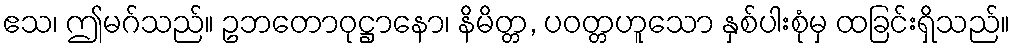
ဧသ၊ ဤမဂ်သည်။ ဥဘတောဝုဋ္ဌာနော၊ နိမိတ္တ, ပဝတ္တဟူသော နှစ်ပါးစုံမှ ထခြင်းရှိသည်။